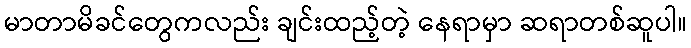
မာတာမိခင်တွေကလည်း ချင်းထည့်တဲ့ နေရာမှာ ဆရာတစ်ဆူပါ။